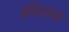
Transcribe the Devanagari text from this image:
हचिसंस